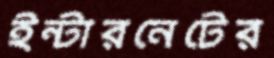
ইন্টারনেটের